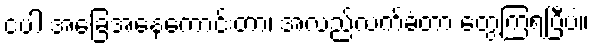
ငပါ အခြေအနေကောင်းတာ၊ အလည်လက်ခံတာ တွေ့ကြရပြီပဲ။